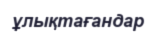
ұлықтағандар